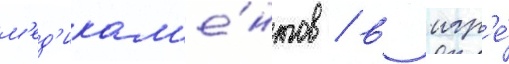
м'ед'икам'е́нтов / в игр'е́